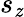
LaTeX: s_{\mathit{z}}